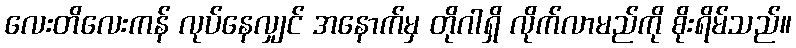
လေးတိလေးကန် လုပ်နေလျှင် အနောက်မှ တိုဂါရှိ လိုက်လာမည်ကို စိုးရိမ်သည်။